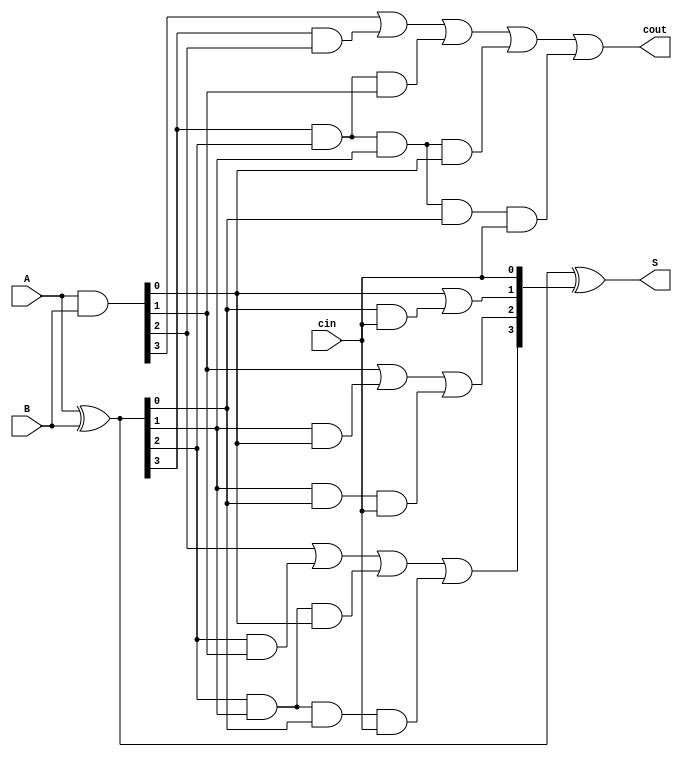
`timescale 1ns / 1ps
//////////////////////////////////////////////////////////////////////////////////
// Company: 
// Engineer: 
// 
// Design Name: 
// Module Name:    Add 
// Project Name: 
// Target Devices: 
// Tool versions: 
// Description: 
//
// Dependencies: 
//
// Revision: 
// Revision 0.01 - File Created
// Additional Comments: 
//
//////////////////////////////////////////////////////////////////////////////////
`timescale 1ns / 1ps
//////////////////////////////////////////////////////////////////////////////////
// Company: 
// Engineer: 
// 
// Design Name: 
// Module Name:    add 
// Project Name: 
// Target Devices: 
// Tool versions: 
// Description: 
//
// Dependencies: 
//
// Revision: 
// Revision 0.01 - File Created
// Additional Comments: 
//
//////////////////////////////////////////////////////////////////////////////////
module Add(
    input [3:0] A,
    input [3:0] B,
    input cin,
    output [3:0] S,
    output cout
    );
    
    wire [3:0] P;
    wire [3:0] C;
    wire [3:0] G;
    
    assign C[0] = cin;
    assign P = A^B;
    assign G = A&B;
        
    assign C[1] = G[0] | (P[0]&C[0]);
    assign C[2] = G[1] | (P[1]&G[0]) | (P[1]&P[0]&C[0]);
    assign C[3] = G[2] | (P[2]&G[1]) | (P[2]&P[1]&G[0]) | (P[2]&P[1]&P[0]&C[0]);
    assign cout = G[3] | (P[3]&G[2]) | (P[3]&P[2]&G[1]) | (P[3]&P[2]&P[1]&G[0]) | (P[3]&P[2]&P[1]&P[0]&C[0]);
    
    assign S = P^C;

endmodule